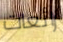
رائعات